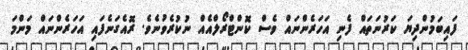
ފައިބަމުންދިޔަ ކަރުނަތައް ފެނި އަހަރެންނައް ވެސް ކޮންޓްރޯލްއެއް ނުކުރެވުނެވެ. ރޮއެގަނެފައި އަހަރެންނައް މަންމަ